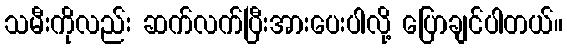
သမီးကိုလည်း ဆက်လက်ပြီးအားပေးပါလို့ ပြောချင်ပါတယ်။